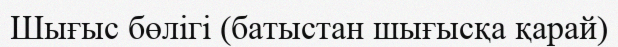
Шығыс бөлігі (батыстан шығысқа қарай)